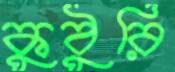
কুঠুরি